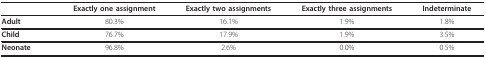
<table><thead><tr><td></td><td><b>Exactly one assignment</b></td><td><b>Exactly two assignments</b></td><td><b>Exactly three assignments</b></td><td><b>Indeterminate</b></td></tr></thead><tbody><tr><td><b>Adult</b></td><td>80.3%</td><td>16.1%</td><td>1.9%</td><td>1.8%</td></tr><tr><td><b>Child</b></td><td>76.7%</td><td>17.9%</td><td>1.9%</td><td>3.5%</td></tr><tr><td><b>Neonate</b></td><td>96.8%</td><td>2.6%</td><td>0.0%</td><td>0.5%</td></tr></tbody></table>